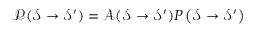
\mathcal { P } ( \mathcal { S } \rightarrow \mathcal { S } ^ { \prime } ) = \mathcal { A } ( \mathcal { S } \rightarrow \mathcal { S } ^ { \prime } ) P \left( \mathcal { S } \rightarrow \mathcal { S } ^ { \prime } \right)